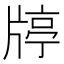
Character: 𤗞